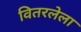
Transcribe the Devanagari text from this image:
वितरलेला